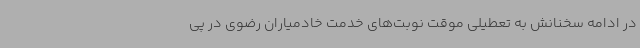
در ادامه سخنانش به تعطیلی موقت نوبت‌های خدمت خادمیاران رضوی در پی